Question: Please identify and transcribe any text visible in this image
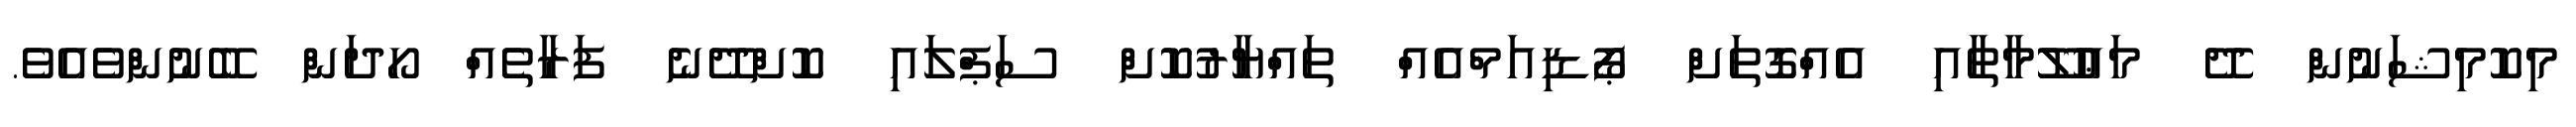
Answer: މިކޮމިޝަނުން ދޭ މަޢުލޫމާތާއި އެއްގޮތަށް ޕޯޑިއަމްއެއް ތައްޔާރުކޮށް ސަޕްލައި ކޮށްދޭނެ ފަރާތެއް ހޯދަން ބޭނުންވެއެވެ.